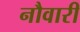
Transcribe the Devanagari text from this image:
नौवारी